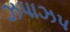
ઝપાઝપ